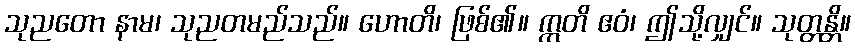
သုညတော နာမ၊ သုညတမည်သည်။ ဟောတိ၊ ဖြစ်၏။ ဣတိ ဧဝံ၊ ဤသို့လျှင်။ သုတ္တန္တိ။